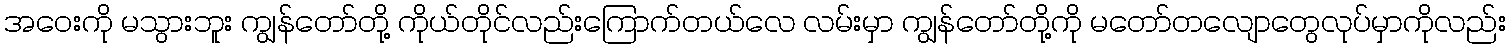
အဝေးကို မသွားဘူး ကျွန်တော်တို့ ကိုယ်တိုင်လည်းကြောက်တယ်လေ လမ်းမှာ ကျွန်တော်တို့ကို မတော်တလျောတွေလုပ်မှာကိုလည်း